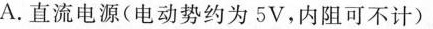
A.直流电源(电动势约为5V，内阻可不计)